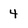
Character: 4